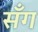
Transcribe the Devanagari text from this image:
सँग